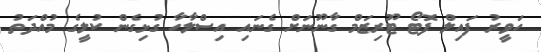
ހަވީރު ފައިލް ފޮޓޯ ޓޫރިޒަމް ގާނޫނަށް ގެނައި އިސްލާހާ ގުޅިގެން ކުލީގެ މުއްދަތު